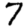
Digit: 7